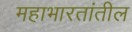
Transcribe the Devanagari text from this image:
महाभारतांतील